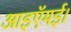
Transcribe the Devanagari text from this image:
आइऍमई।